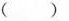
( )